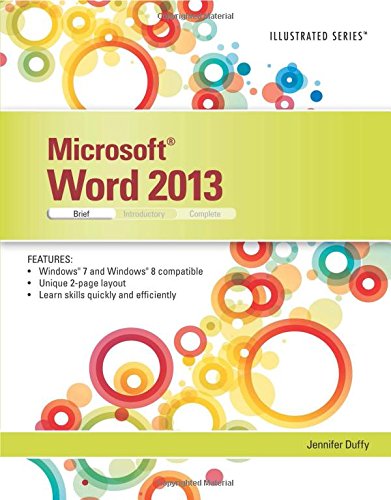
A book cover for Microsoft Word 2013: Illustrated Brief; Jennifer Duffy; Computers & Technology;